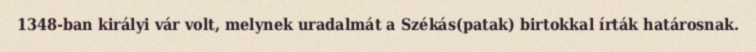
1348-ban királyi vár volt, melynek uradalmát a Székás(patak) birtokkal írták határosnak.